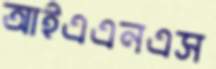
আইএএনএস